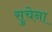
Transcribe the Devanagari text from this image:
सुचेना